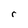
Character: r